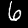
Label: 6